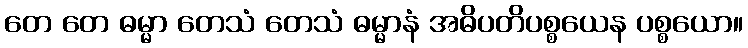
တေ တေ ဓမ္မာ တေသံ တေသံ ဓမ္မာနံ အဓိပတိပစ္စယေန ပစ္စယော။